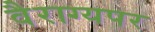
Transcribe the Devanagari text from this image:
वैराग्यपर